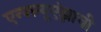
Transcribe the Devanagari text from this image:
एन्फ्ल्यूएंझाची